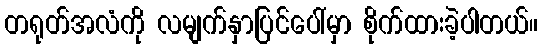
တရုတ်အလံကို လမျက်နှာပြင်ပေါ်မှာ စိုက်ထားခဲ့ပါတယ်။